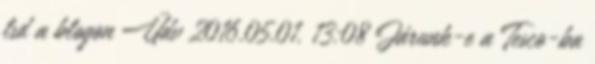
lsd a blogon Üdv 2016.05.01. 13:08 Járunk-e a Tesco-ba